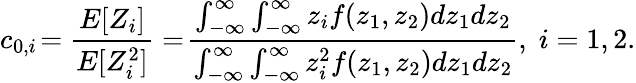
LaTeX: c_{0,i}\! =\frac{E[Z_{i}]}{E[Z_{i}^{2}]}=\! \frac{\int_{-\infty}^{\infty}\int_{-\infty}^{\infty}z_{i}f(z_{1},z_{2})dz_{1}dz_{2}}{\int_{-\infty}^{\infty}\int_{-\infty}^{\infty}z_{i}^{2}f(z_{1},z_{2})dz_{1}dz_{2}},\; i=1,2.